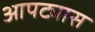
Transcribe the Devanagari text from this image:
आपट्यास